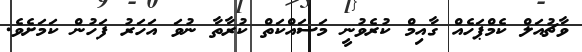
ވާޗުއަލް ކެމްޕަހެއް ގާއިމް ކުރެވުނީ މަސައްކަތް ކުރާތާ ނުވަ އަހަރު ފަހުން ކަމަށެވެ.